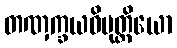
တဏှက္ခယဝိမုတ္တိယော